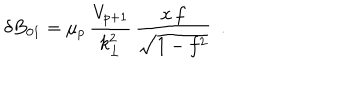
\delta B _ { 0 1 } = { \mu _ { p } } \, \frac { V _ { p + 1 } } { k _ { \bot } ^ { 2 } } \, \frac { x \, f } { \sqrt { 1 - f ^ { 2 } } } ~ ~ .